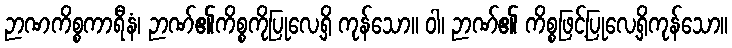
ဉာဏကိစ္စကာရီနံ၊ ဉာဏ်၏ကိစ္စကိုပြုလေ့ရှိ ကုန်သော။ ဝါ၊ ဉာဏ်၏ ကိစ္စဖြင့်ပြုလေ့ရှိကုန်သော။